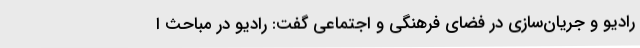
رادیو و جریان‌سازی در فضای فرهنگی و اجتماعی گفت: رادیو در مباحث ا